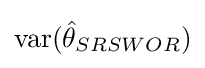
{\text{var}}({\hat {\theta }}_{SRSWOR})